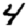
Digit: 4